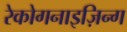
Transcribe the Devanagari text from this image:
रेकोगनाइज़िन्ग